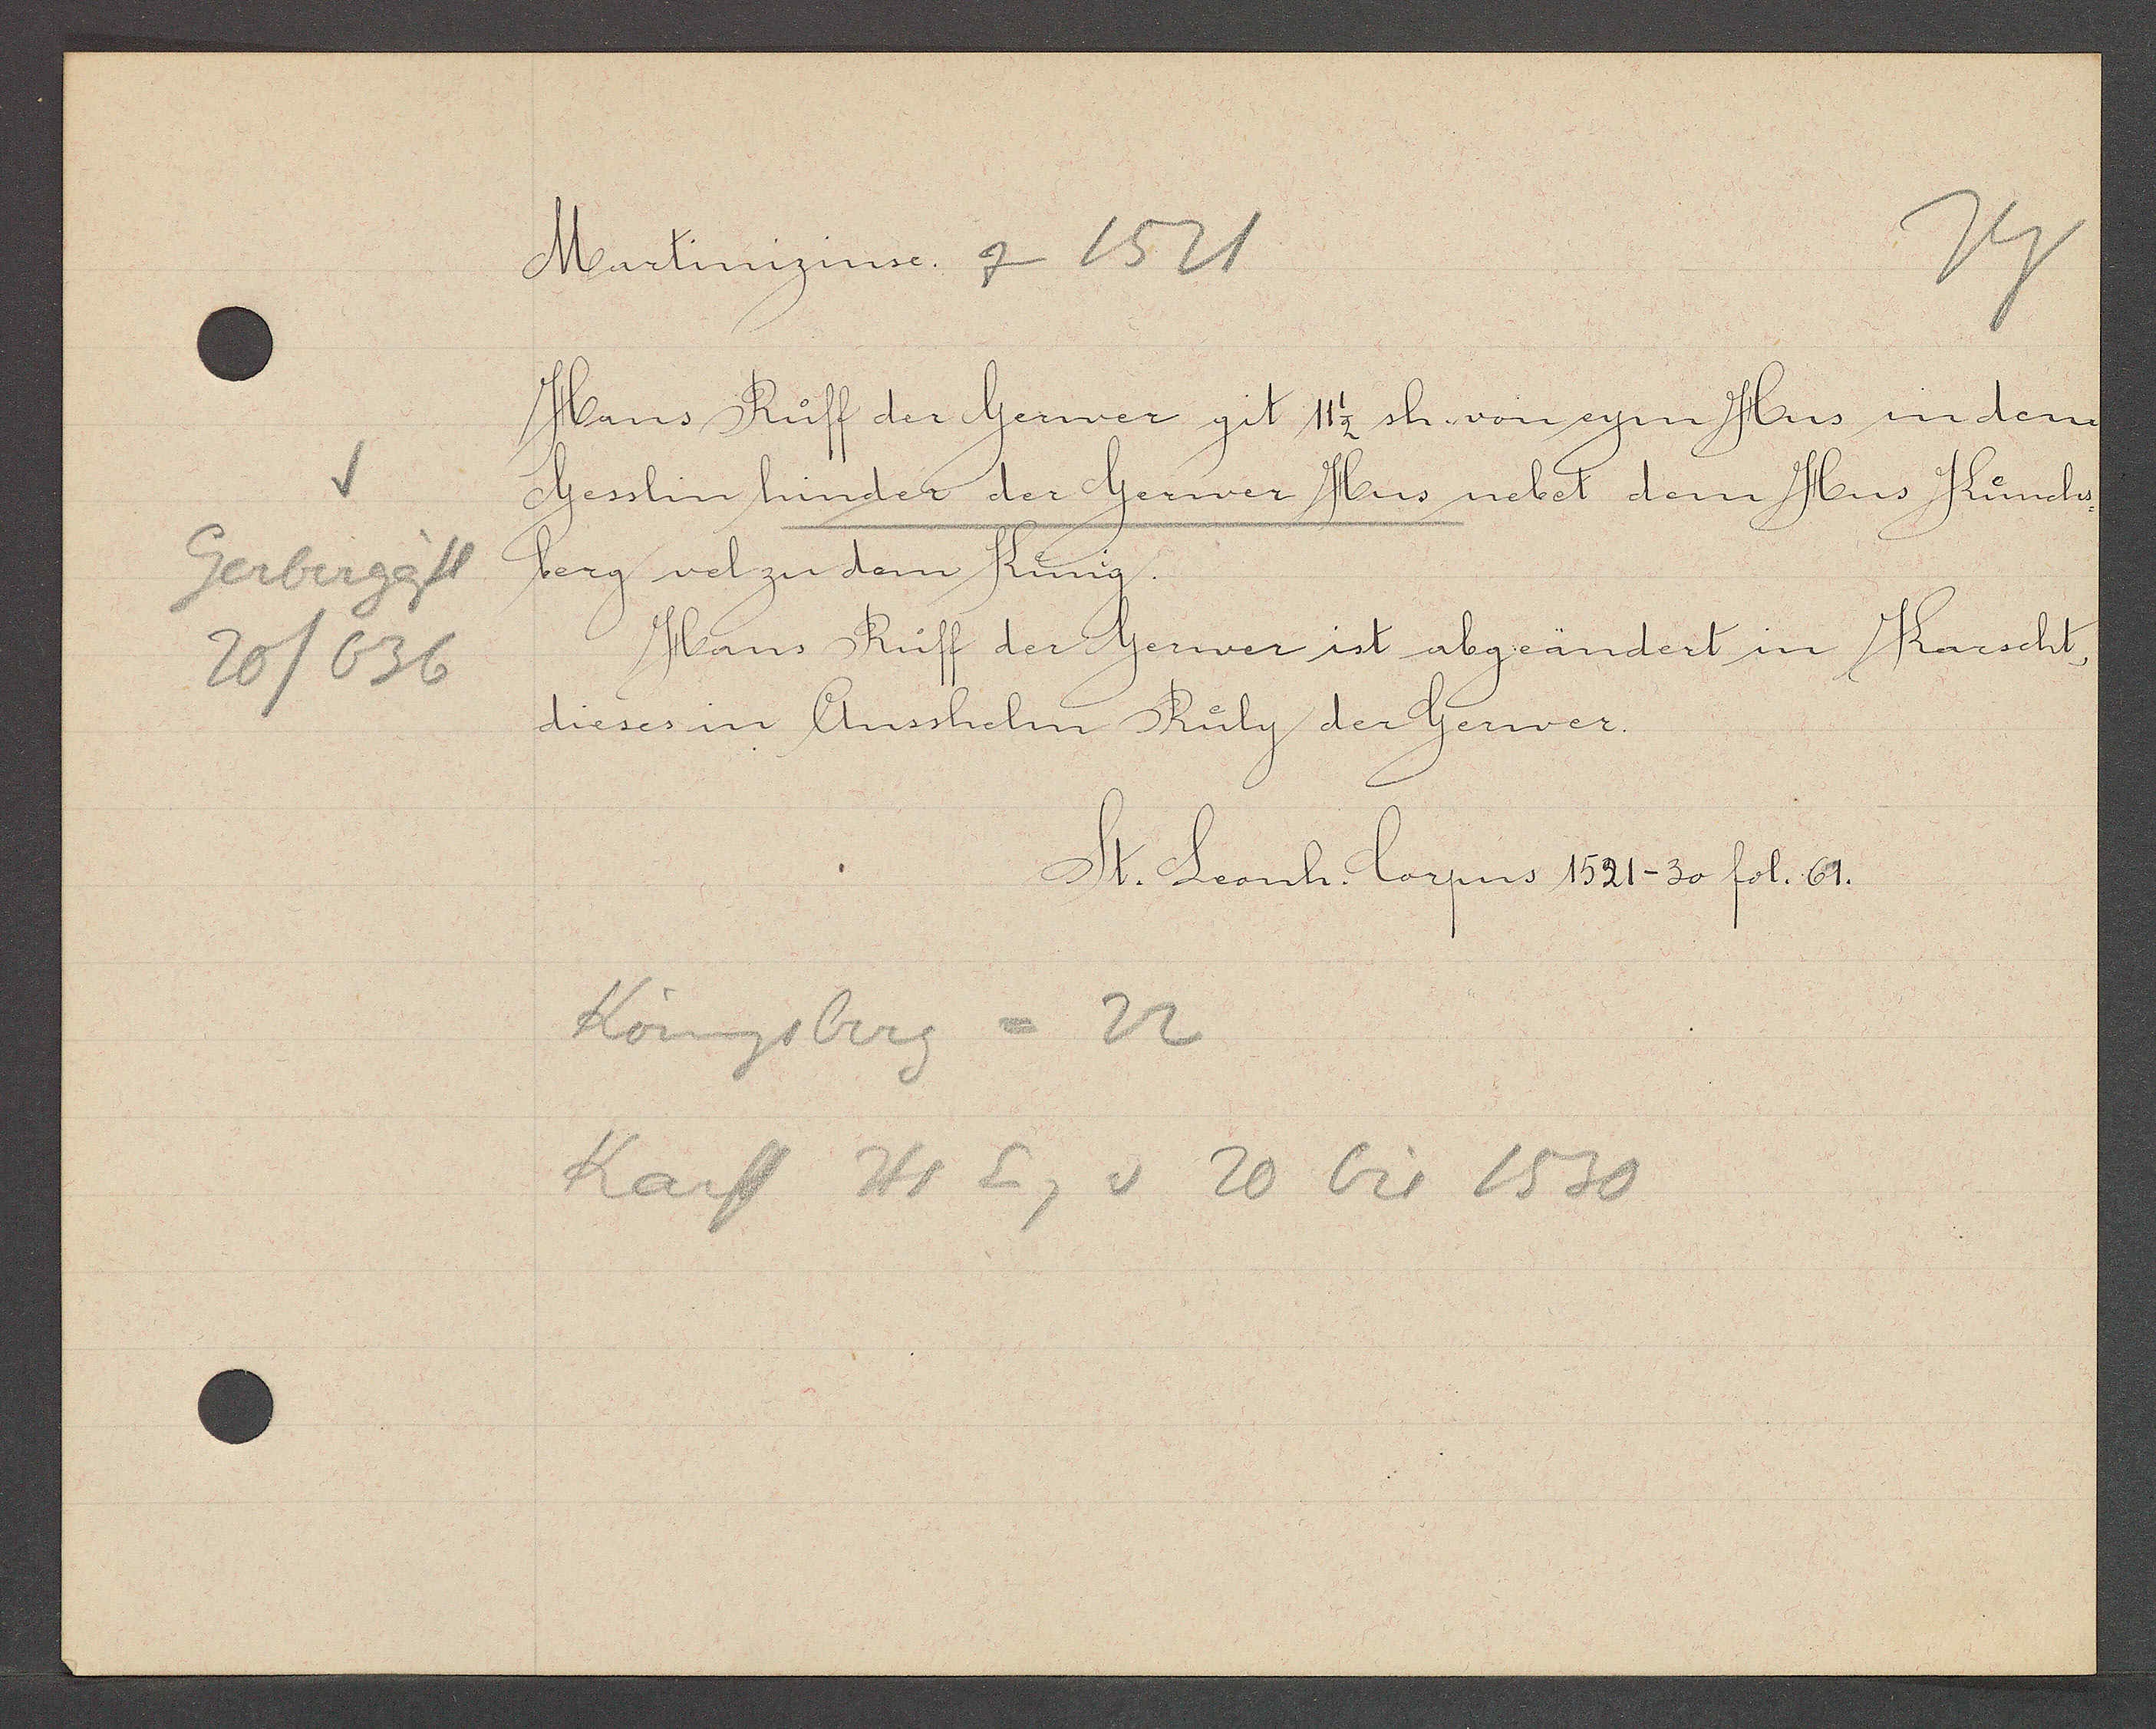
Transcript:
Gerbergässl
20/636

Martinizinse. zu 1521

Hans Ruff der Gerwer git 11 1/2 sh. von eym Hus in dem
Gesslin hinder der Gerwer Hus nebet dem Hus Künchs¬
berg vel zu dem Kunig.
Hans Ruff der Gerwer ist abgeändert in Karscht,
dieses in Ansshelm Ruly der Gerwer.

St. Leonh. Corpus 1521-30 fol. 61.

Königsberg = 22
Karst Hs Eg v 20 bis 1530